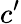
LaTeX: c^{\prime}